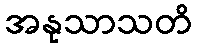
အနုသာသတိ